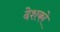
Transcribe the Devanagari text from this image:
देशको